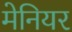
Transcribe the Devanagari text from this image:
मेनियर